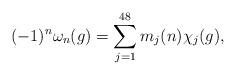
LaTeX: \begin{align*}(-1)^n\omega_n(g)=\sum_{j=1}^{48} m_j(n)\chi_j(g),\end{align*}